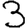
Digit: 3